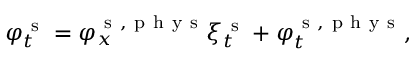
\varphi _ { t } ^ { \mathrm { ~ s ~ } } = \varphi _ { x } ^ { \mathrm { ~ s ~ } , \mathrm { ~ p ~ h ~ y ~ s ~ } } \xi _ { t } ^ { \mathrm { ~ s ~ } } + \varphi _ { t } ^ { \mathrm { ~ s ~ } , \mathrm { ~ p ~ h ~ y ~ s ~ } } ,